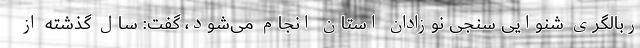
ربالگری شنوایی سنجی نوزادان استان انجام می‌شود، گفت: سال گذشته از